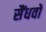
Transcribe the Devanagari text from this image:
सैंधवों